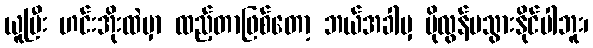
ယူပြီး ဟင်းအိုးထဲမှာ ထည့်တာဖြစ်တော့ ဘယ်အခါမှ ပိုလွန်မသွားနိုင်ပါဘူး၊